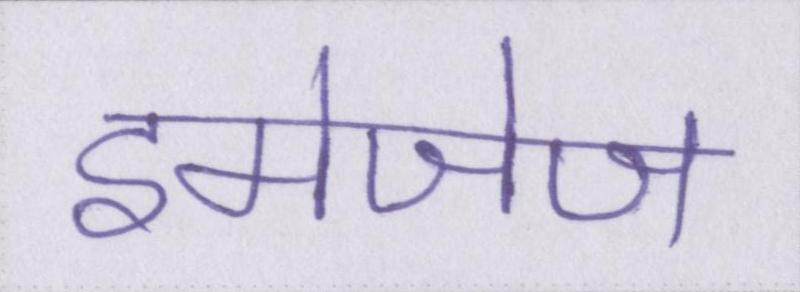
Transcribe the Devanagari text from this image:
इमेजेज